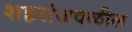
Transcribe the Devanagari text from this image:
शहरांजवळील